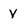
Character: v